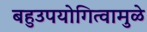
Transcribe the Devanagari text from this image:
बहुउपयोगित्वामुळे